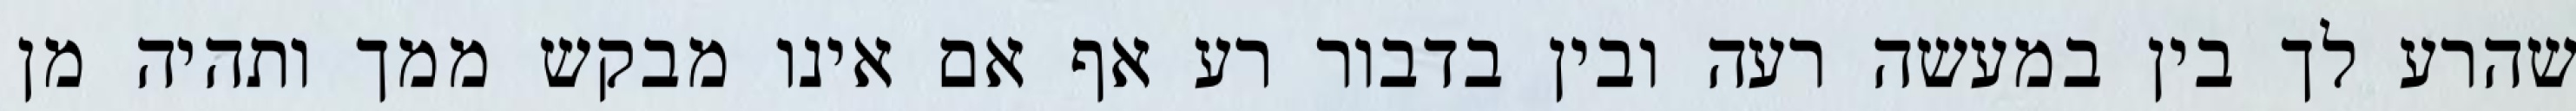
שהרע לך בין במעשה רעה ובין בדבור רע אף אם אינו מבקש ממך ותהיה מן